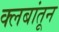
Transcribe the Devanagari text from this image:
क्लबांतून